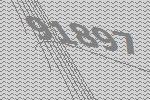
91897